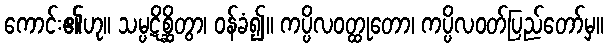
ကောင်း၏ဟု။ သမ္ပဋိစ္ဆိတွာ၊ ဝန်ခံ၍။ ကပ္ပိလဝတ္ထုတော၊ ကပ္ပိလဝတ်ပြည်တော်မှ။